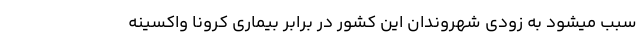
سبب میشود به زودی شهروندان این کشور در برابر بیماری کرونا واکسینه